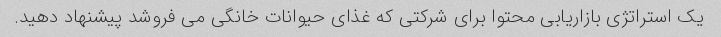
یک استراتژی بازاریابی محتوا برای شرکتی که غذای حیوانات خانگی می فروشد پیشنهاد دهید.